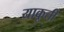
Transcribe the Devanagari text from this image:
याकूती